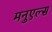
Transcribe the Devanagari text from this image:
मनुएल्स